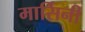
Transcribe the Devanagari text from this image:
मार्सिनी